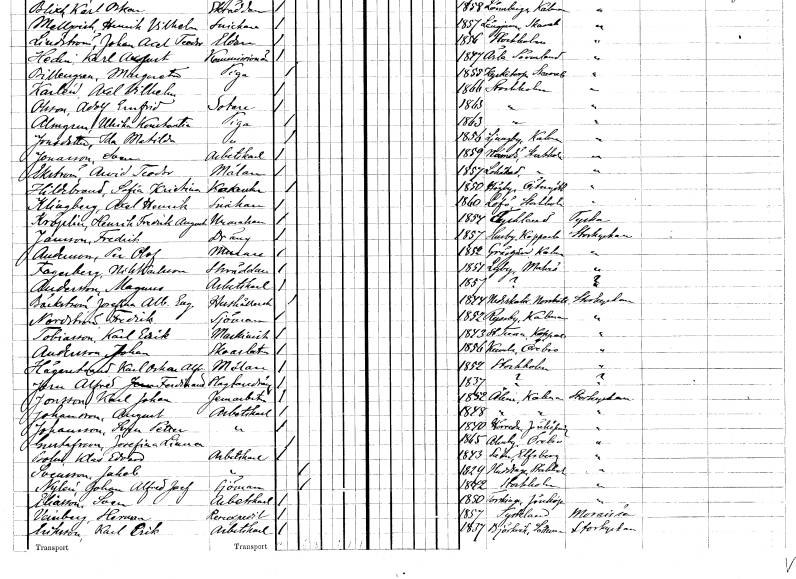
gt_parse: households: individuals: FN: Sven
EN: Jonasson
YRKE: Arbetskarl
KON: M
CIV: O
FODAR: 1859
FODFORS: Nämdö Stockholms län
FN: Arvid Teodor
EN: Ekström
YRKE: Målare
KON: M
CIV: O
FODAR: 1857
FODFORS: Lohärad Stockholms län
FN: Sofia Kristina
EN: Hildebrand
YRKE: Kokerska
KON: K
CIV: O
FODAR: 1850
FODFORS: Högby Östergötlands län
FN: Axel Henrik
EN: Klinfberg
YRKE: Snickare
KON: M
CIV: O
FODAR: 1860
FODFORS: Lovö Stockholms län
FN: Henrik Fredrik August
EN: Kroplin
YRKE: Urmakare
KON: M
CIV: O
FODAR: 1854
FN: Fredrik
EN: Jansson
YRKE: Dräng
KON: M
CIV: O
FODAR: 1857
FODFORS: Husby Kopparbergs län
FN: Per Olof
EN: Andersson
YRKE: Murare
KON: M
CIV: O
FODAR: 1852
FODFORS: Gräsgård Kalmar län
FN: Nils
EN: Fagerberg Karlsson
YRKE: Skräddare
KON: M
CIV: O
FODAR: 1851
FODFORS: Lyby Malmöhus län
FN: Magnus
EN: Andersson
YRKE: Arbetskarl
KON: M
CIV: O
FODAR: 1857
FN: Josefina Albertina Eugenia
EN: Bäckström
YRKE: Hushållerska
KON: K
CIV: O
FODAR: 1844
FODFORS: Nederkalix Norrbottens län
FN: Fredrik
EN: Nordström
YRKE: Sjöman
KON: M
CIV: O
FODAR: 1852
FODFORS: Ryssby Kalmar län
FN: Karl Erik
EN: Tobiasson
YRKE: Maskinist
KON: M
CIV: O
FODAR: 1843
FODFORS: Stora Tuna Kopparbergs län
FN: Johan
EN: Andersson
YRKE: Skoarbetare
KON: M
CIV: O
FODAR: 1856
FODFORS: Kumla Örebro län
FN: Karl Oskar Alfred
EN: Hägerstrand
YRKE: Målare
KON: M
CIV: O
FODAR: 1852
FODFORS: Stockholm
FN: Alfred Ferdinand
EN: Jorn
YRKE: Slaktardräng
KON: M
CIV: O
FODAR: 1837
FN: Karl Johan
EN: Jonsson
YRKE: Järnarbetare
KON: M
CIV: O
FODAR: 1852
FODFORS: Ålem Kalmar län
FN: August
EN: Johansson
YRKE: Arbetskarl
KON: M
CIV: O
FODAR: 1848
FODFORS: Ålem Kalmar län
FN: Sven Petter
EN: Johansson
YRKE: Arbetskarl
KON: M
CIV: O
FODAR: 1840
FODFORS: Höreda Jönköpings län
FN: Josefina Linnea
EN: Gustafsson
KON: K
CIV: O
FODAR: 1865
FODFORS: Almby Örebro län
FN: Klas Edvard
EN: Bolin
YRKE: Arbetskarl
KON: M
CIV: O
FODAR: 1843
FODFORS: Säter Skaraborgs län
FN: Jakob
EN: Svensson
YRKE: Arbetskarl
KON: M
CIV: G
FODAR: 1829
FODFORS: Huddinge Stockholms län
FN: Johan Alfred Josef
EN: Nylén
YRKE: Sjöman
KON: M
CIV: G
FODAR: 1842
FODFORS: Stockholm
FN: Sven
EN: Eliasson
YRKE: Arbetskarl
KON: M
CIV: O
FODAR: 1850
FODFORS: Torskinge Jönköpings län
FN: Herman
EN: Veinberg
YRKE: Reseexpeditör
KON: M
CIV: O
FODAR: 1857
FN: Karl Erik
EN: Eriksson
YRKE: Arbetskarl
KON: M
CIV: O
FODAR: 1837
FODFORS: Björkvik Södermanlands län